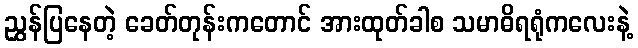
ညွှန်ပြနေတဲ့ ခေတ်တုန်းကတောင် အားထုတ်ခါစ သမာဓိရရုံကလေးနဲ့